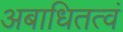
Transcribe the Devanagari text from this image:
अबाधितत्वं